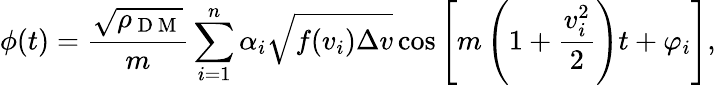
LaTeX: \phi(t)=\frac{\sqrt{\rho_{\mathrm{~D~M~}}}}{m}\sum_{i=1}^{n}\alpha_{i}\sqrt{f(v_{i})\Delta v}\cos\left[m\left(1+\frac{v_{i}^{2}}{2}\right)t+\varphi_{i}\right],